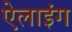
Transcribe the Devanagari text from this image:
ऐलाइंग